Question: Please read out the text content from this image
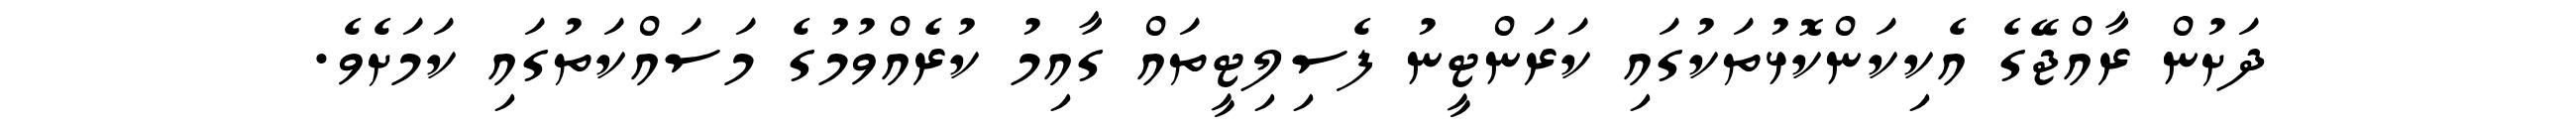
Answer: ދަށުން ރާއްޖޭގެ އެކިކަންކޮޅުތަކުގައި ކަރަންޓީނު ފެސިލިޓީތައް ގާއިމު ކުރެއްވުމުގެ މަސައްކަތުގައި ކަމަށެވެ.